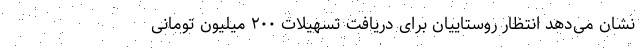
نشان می‌دهد انتظار روستاییان برای دریافت تسهیلات ۲۰۰ میلیون تومانی